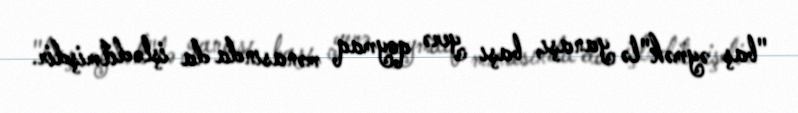
"baş əymək"lə yanaşı‚ başı yerə qoymaq mənasında da işlədilmişdir.